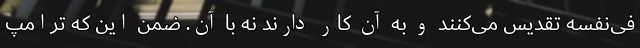
فی‌نفسه تقدیس می‌کنند و به آن کار دارند نه با آن. ضمن این که ترامپ